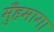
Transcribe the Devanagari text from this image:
मुँहमागा